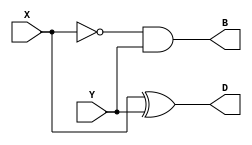
module Lab2_half_sub_gatelevel (input X,Y,output D,B);
    wire w1;

    not (w1,X);
    and #(10) (B,w1,Y);
    xor #(20) (D,X,Y);


endmodule